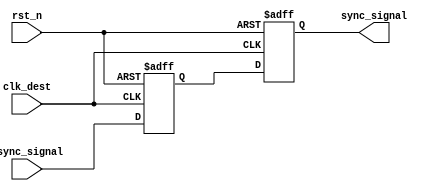
module signal_level_crossing_synchronizer (
    input wire async_signal,       // Asynchronous input signal
    input wire clk_dest,           // Clock for the destination domain
    input wire rst_n,              // Asynchronous active-low reset
    output reg sync_signal          // Synchronized output signal
);

    // Internal signals for the two-stage flip-flops
    reg ff1_out;                   // Output of the first flip-flop

    // First flip-flop: Capture async_signal on the rising edge of clk_dest
    always @(posedge clk_dest or negedge rst_n) begin
        if (!rst_n) begin
            ff1_out <= 1'b0;       // Reset state
        end else begin
            ff1_out <= async_signal; // Capture async_signal
        end
    end

    // Second flip-flop: Capture ff1_out on the next rising edge of clk_dest
    always @(posedge clk_dest or negedge rst_n) begin
        if (!rst_n) begin
            sync_signal <= 1'b0;    // Reset state
        end else begin
            sync_signal <= ff1_out;  // Capture output of FF1
        end
    end

endmodule